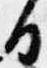
日